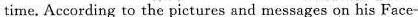
time. According to the pictures and messages on his Face-